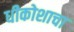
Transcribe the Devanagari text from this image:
धीकोशाचा